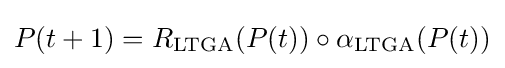
P(t+1)=R_{\text{LTGA}}(P(t))\circ \alpha _{\text{LTGA}}(P(t))